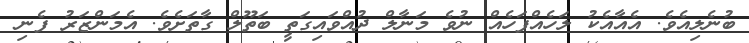
ބުނެލިއެވެ. އެއާއެކު ލަހެއްފަހެއް ނުވެ މަނާލް ދުއްވައިގަތީ ބަތޫލް ގާތަށެވެ. އެމަންޒަރު ފެނި